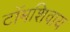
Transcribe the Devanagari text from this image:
टॉमशिवाय